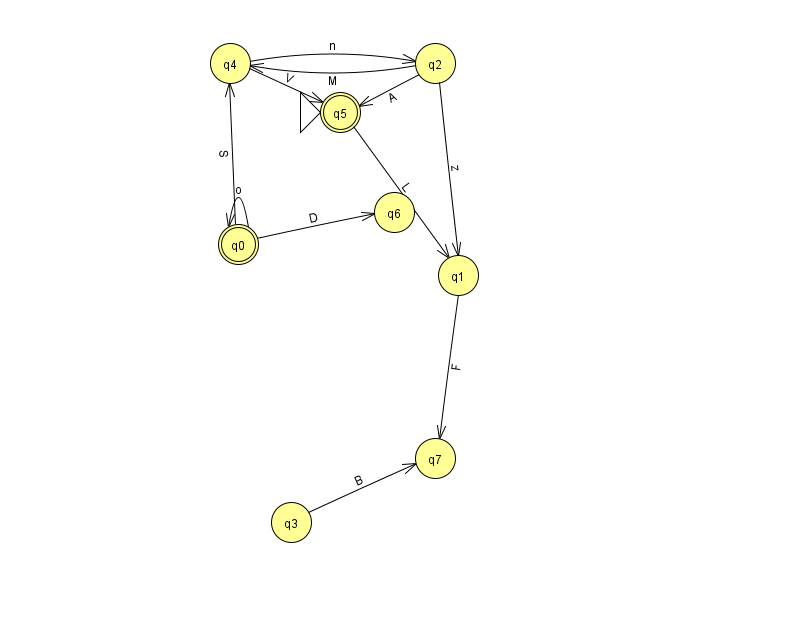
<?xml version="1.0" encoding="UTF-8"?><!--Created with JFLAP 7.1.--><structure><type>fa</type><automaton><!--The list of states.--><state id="0" name="q0"><x>238.0</x><y>231.0</y><final/></state><state id="1" name="q1"><x>458.0</x><y>262.0</y></state><state id="2" name="q2"><x>435.0</x><y>50.0</y></state><state id="3" name="q3"><x>291.0</x><y>509.0</y></state><state id="4" name="q4"><x>230.0</x><y>50.0</y></state><state id="5" name="q5"><x>340.0</x><y>99.0</y><initial/><final/></state><state id="6" name="q6"><x>394.0</x><y>199.0</y></state><state id="7" name="q7"><x>435.0</x><y>445.0</y></state><!--The list of transitions.--><transition><from>0</from><to>6</to><read>D</read></transition><transition><from>5</from><to>1</to><read>L</read></transition><transition><from>4</from><to>5</to><read>V</read></transition><transition><from>0</from><to>4</to><read>S</read></transition><transition><from>1</from><to>7</to><read>F</read></transition><transition><from>2</from><to>4</to><read>M</read></transition><transition><from>2</from><to>1</to><read>z</read></transition><transition><from>2</from><to>5</to><read>A</read></transition><transition><from>0</from><to>0</to><read>o</read></transition><transition><from>3</from><to>7</to><read>B</read></transition><transition><from>4</from><to>2</to><read>n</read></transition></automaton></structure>